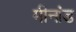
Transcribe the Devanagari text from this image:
मीनांड